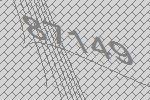
87149